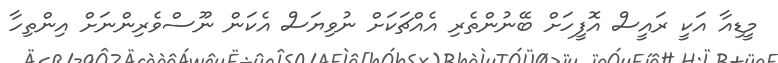
މީޑިއާ އަކީ ރައީސް އޮފީހަށް ބޭނުންތެރި އެއްޗަކަށް ނުވިޔަސް އެކަން ނޫސްވެރިންނަށް އިންތިހާ